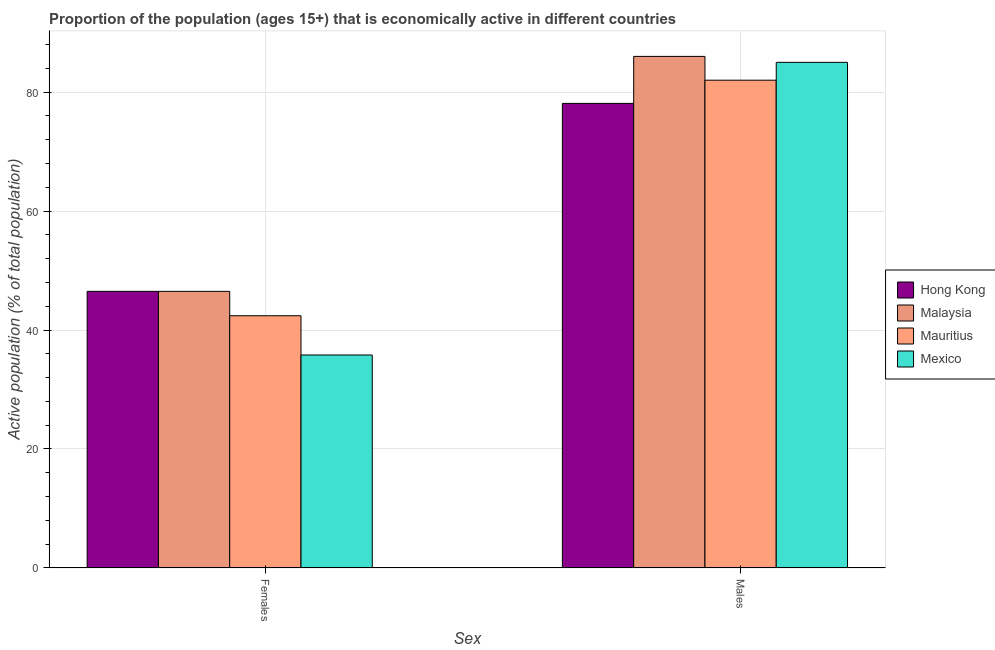
| Sex | Hong Kong | Malaysia | Mauritius | Mexico |
 | --- | --- | --- | --- | --- |
 | Females | 46.5 | 46.5 | 42.4 | 35.8 |
 | Males | 78.1 | 86 | 82 | 85 |